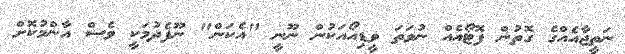
ނަތީޖާއެއްގެ ގޮތުން ފޮޓޯއެއް ނުވަތަ ވީޑިއޯއަކުން ނޫނީ "އެކަން" ނޫފެދުމަކީ ވެސް އާންމުކޮށް